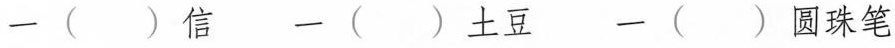
一（）信 一（）土豆 一（）圆珠笔